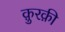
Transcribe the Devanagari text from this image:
क़ुरक़ी